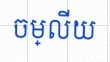
ចម្លើយ